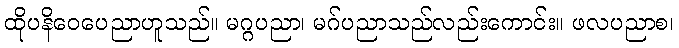
ထိုပနိဝေပေညာဟူသည်။ မဂ္ဂပညာ၊ မဂ်ပညာသည်လည်းကောင်း။ ဖလပညာစ၊